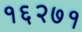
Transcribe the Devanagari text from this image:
१६२७१